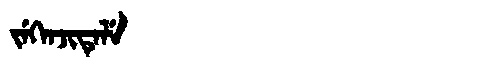
Manchu: ᠵᡝᡴᡝᠨᠵᡳᡨᡝᠯᡝ
Romanization: JEKENJITELE